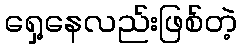
ရှေ့နေလည်းဖြစ်တဲ့